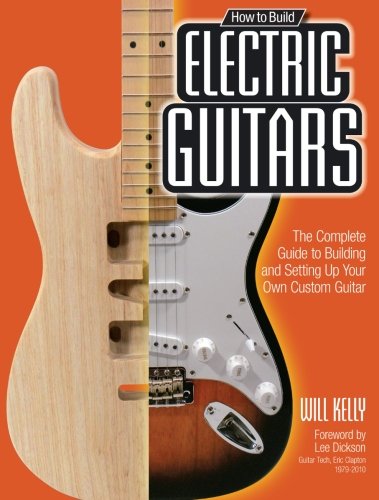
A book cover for How to Build Electric Guitars: The Complete Guide to Building and Setting Up Your Own Custom Guitar; Will Kelly; Arts & Photography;